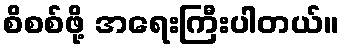
စိစစ်ဖို့ အရေးကြီးပါတယ်။